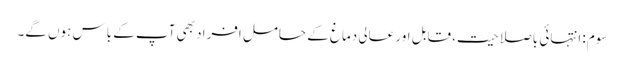
سوم: انتہائی باصلاحیت، قابل اور عالی دماغ کے حامل افراد بھی آپ کے باس ہوں گے۔